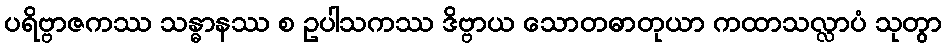
ပရိဗ္ဗာဇကဿ သန္ဓာနဿ စ ဥပါသကဿ ဒိဗ္ဗာယ သောတဓာတုယာ ကထာသလ္လာပံ သုတွာ